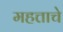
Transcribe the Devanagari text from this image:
महत्ताचे